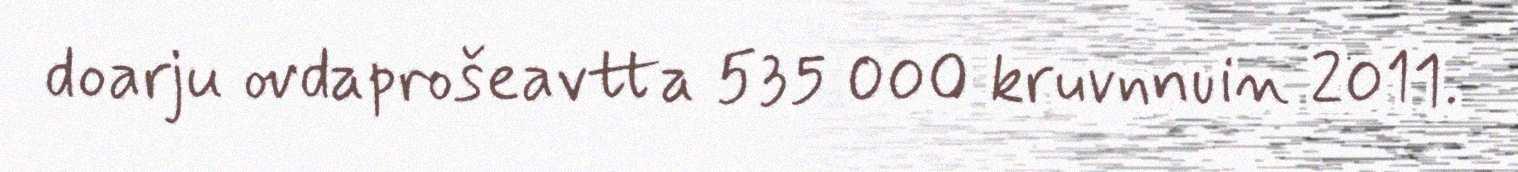
doarju ovdaprošeavtta 535 000 kruvnnuin 2011.